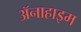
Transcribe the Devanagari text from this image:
ॲनाहाइम